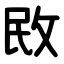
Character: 敃